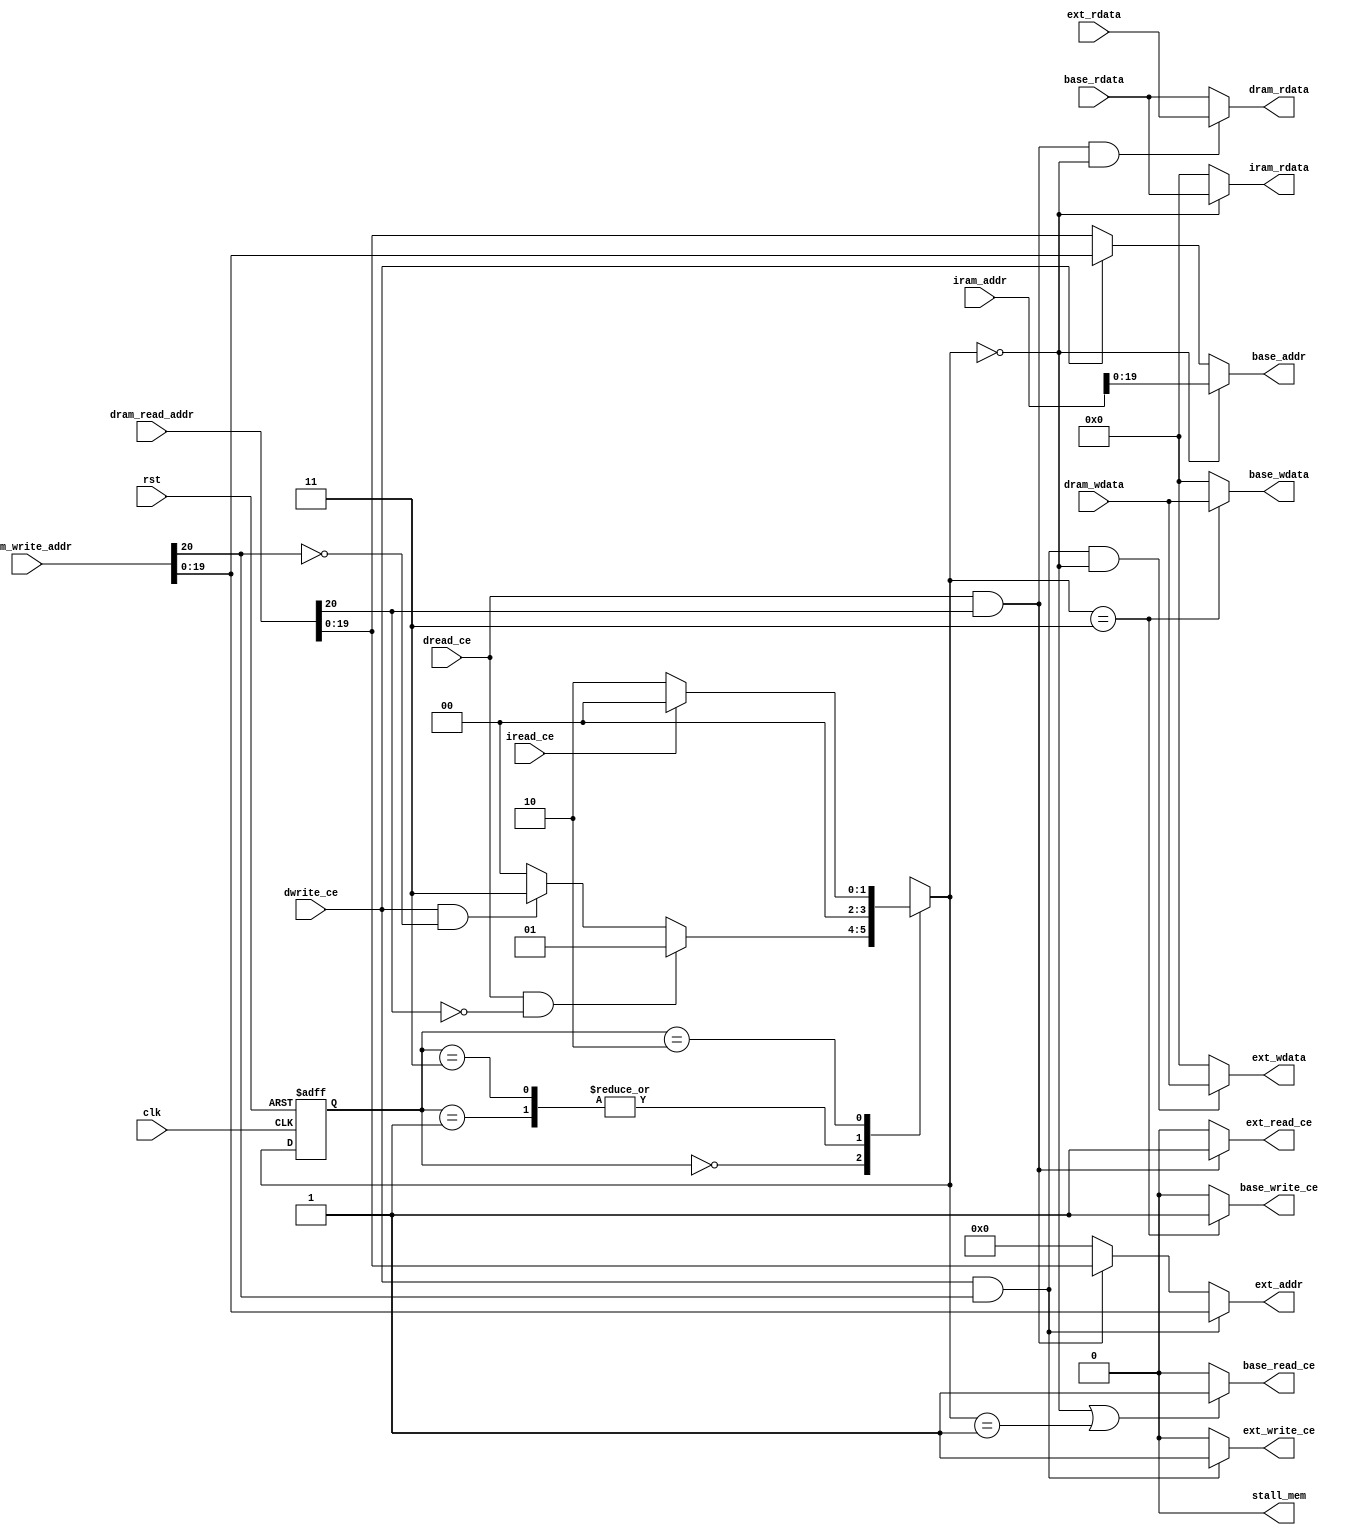
module memory_manager(      //ֱӵڴ˿
    input wire clk,
    input wire rst,
    input wire [31:0] dram_write_addr,
    input wire [31:0] dram_read_addr,
    input wire [31:0] iram_addr,
    input wire [31:0] base_rdata,
    input wire [31:0] ext_rdata,
    input wire [31:0] dram_wdata,
    input wire dwrite_ce,
    input wire dread_ce,
    input wire iread_ce,
    output reg stall_mem,
    output wire [31:0] iram_rdata,
    output wire [31:0] dram_rdata,
    output wire [31:0] base_wdata,
    output wire [31:0] ext_wdata,
    output wire base_read_ce,
    output wire base_write_ce,
    output wire ext_read_ce,
    output wire ext_write_ce,
    output wire [19:0] base_addr,
    output wire [19:0] ext_addr
);

always @(*) stall_mem <= 1'b0;

localparam s0 = 2'b00;  //ָô дextڴ
localparam s1 = 2'b01;  //ݶbaseڴ
localparam s2 = 2'b11;  //дbaseڴ
localparam s3 = 2'b10;  //ͣ

reg [1:0] cur_state; 
reg [1:0] next_state;

always @(posedge clk or posedge rst) begin
    if (rst == 1'b1) 
        cur_state <= s3;
    else 
        cur_state <= next_state;
end

always @(*) begin 
    case (cur_state) 
        s0:begin 
            if(dread_ce == 1'b1 && dram_read_addr[20] == 1'b0) begin 
                next_state <= s1;
            end
            else if(dwrite_ce == 1'b1 && dram_write_addr[20] == 1'b0) begin 
                next_state <= s2;
            end
            else if(iread_ce == 1'b1) begin 
                next_state <= s0;
            end
            else begin 
                next_state <= s0;
            end
        end
        s1:begin 
            next_state <= s0;
        end
        s2:begin 
            next_state <= s0;
        end
        s3:begin 
            if (iread_ce) next_state <= s0;
            else next_state <= s3;
        end
        default:begin 
            next_state <= s0;
        end
    endcase
end

assign base_addr = (next_state == s0)?iram_addr[19:0]:(dwrite_ce)?dram_write_addr[19:0]:dram_read_addr[19:0];
assign ext_addr = (dwrite_ce && dram_write_addr[20])?dram_write_addr[19:0]:(dread_ce && dram_read_addr[20])?dram_read_addr[19:0]:20'h00000;

assign dram_rdata = (dram_read_addr[20] && dread_ce && next_state == s0)?ext_rdata:base_rdata;
assign iram_rdata = (next_state == s0)?base_rdata:32'h00000000;
assign ext_wdata = (dram_write_addr[20] && dwrite_ce && next_state == s0)?dram_wdata:32'h00000000;
assign base_wdata = (next_state == s2)?dram_wdata:32'h00000000;

assign ext_read_ce = (dram_read_addr[20] && dread_ce)?1'b1:1'b0;
assign ext_write_ce = (dram_write_addr[20] && dwrite_ce)?1'b1:1'b0;
assign base_read_ce = (next_state == s0 || next_state == s1)?1'b1:1'b0;
assign base_write_ce = (next_state == s2)?1'b1:1'b0;

endmodule